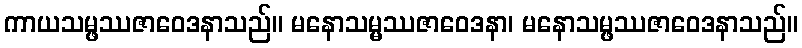
ကာယသမ္ဖဿဇာဝေဒနာသည်။ မနောသမ္မဿဇာဝေဒနာ၊ မနောသမ္ဖဿဇာဝေဒနာသည်။